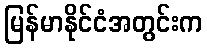
မြန်မာနိုင်ငံအတွင်းက